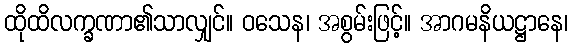
ထိုထိလက္ခဏာ၏သာလျှင်။ ဝသေန၊ အစွမ်းဖြင့်။ အာဂမနိယဋ္ဌာနေ၊